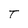
Character: T